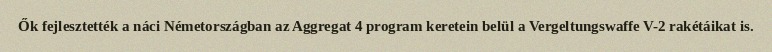
Ők fejlesztették a náci Németországban az Aggregat 4 program keretein belül a Vergeltungswaffe V-2 rakétáikat is.